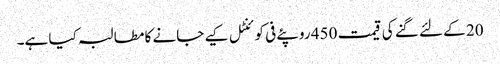
20 کے لئے گنے کی قیمت 450 روپئے فی کوئنٹل کیے جانے کا مطالبہ کیا ہے۔